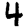
Digit: 4